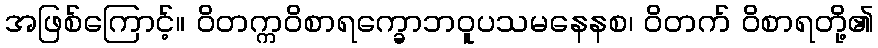
အဖြစ်ကြောင့်။ ဝိတက္ကဝိစာရက္ခောဘဝူပသမနေနစ၊ ဝိတက် ဝိစာရတို့၏